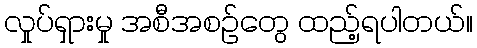
လှုပ်ရှားမှု အစီအစဉ်တွေ ထည့်ရပါတယ်။